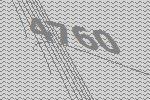
4760